Report on plague in the Punjab from October 1st ... to September 30th ..., being the ... season of plague in the province
Disease focus: Plague
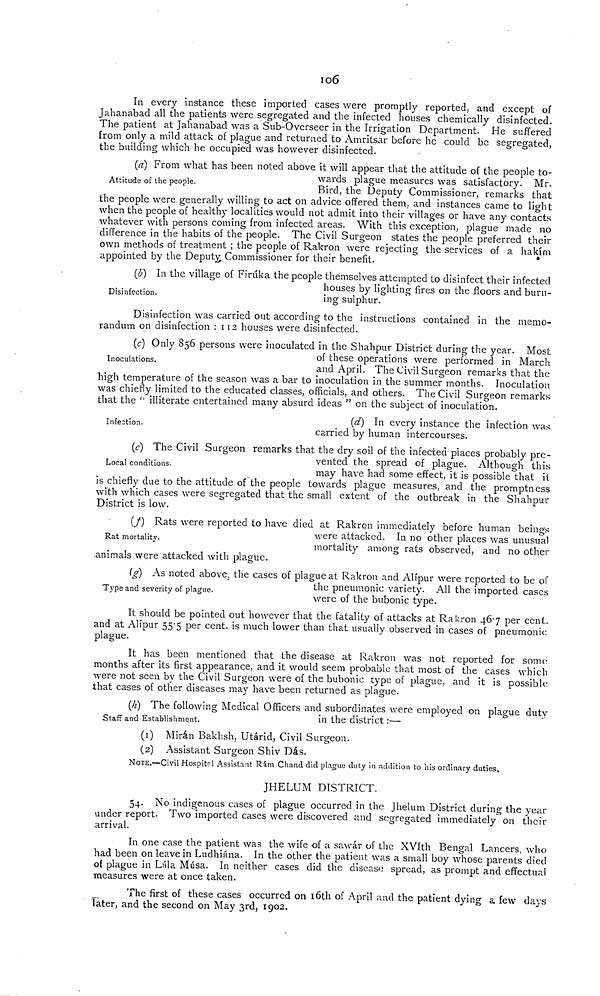
106
In every instance these imported cases were promptly reported, and except of
Jahanabad all the patients were segregated and the infected houses chemically disinfected.
The patient at Jahanabad was a Sub-Overseer in the Irrigation Department. He suffered
from only a mild attack of plague and returned to Amritsar before he could be segregated,
the building which he occupied was however disinfected.
Attitude of the people.
(a) From what has been noted above it will appear that the attitude of the people to-
wards plague measures was satisfactory. Mr.
Bird, the Deputy Commissioner, remarks that
the people were generally willing to act on advice offered them, and instances came to light
when the people of healthy localities would not admit into their villages or have any contacts
whatever with persons coming from infected areas. With this exception, plague made no
difference in the habits of the people. The Civil Surgeon states the people preferred their
own methods of treatment ; the people of Rakron were rejecting the services of a hakim
appointed by the Deputy, Commissioner for their benefit.
Disinfection.
(b) In the village of Firuka the people themselves attempted to disinfect their infected
houses by lighting fires on the floors and burn-
ing sulphur.
Disinfection was carried out according to the instructions contained in the memo-
randum on disinfection : 112 houses were disinfected.
Inoculations,
(c) Only 856 persons were inoculated in the Shahpur District during the year. Most
of these operations were performed in March
and April. The Civil Surgeon remarks that the
high temperature of the season was a bar to inoculation in the summer months. Inoculation
was chiefly limited to the educated classes, officials, and others. The Civil Surgeon remarks
that the " illiterate entertained many absurd ideas " on the subject of inoculation.
Infection.
(d) In every instance the infection was
carried by human intercourses.
Local conditions.
(c) The Civil Surgeon remarks that the dry soil of the infected places probably pre-
vented the spread of plague. Although this
may have had some effect, it is possible that it
is chiefly due to the attitude of the people towards plague measures, and the promptness
with which cases were segregated that the small extent of the outbreak in the Shahpur
District is low.
Rat mortality.
(_f ) Rats were reported to have died at Rakron immediately before human beings
were attacked. In no other places was unusual
mortality among rats observed, and no other
animals were attacked with plague.
T ype and seventy of plague.
(g) As noted above, the cases of plague at Rakron and Alipur were reported to be of
the pneumonic variety. All the imported cases
were of the bubonic type.
It should be pointed out however that the fatality of attacks at Rakron 46.7 per cent.
and at Alipur 55.5 per cent. is much lower than that usually observed in cases of pneumonic
plague.
It has been mentioned that the disease at Rakron was not reported for some
months after its first appearance, and it would seem probable that most of the cases which
were not seen by the Civil Surgeon were of the bubonic type of plague, and it is possible
that cases of other diseases may have been returned as plague.
Staff and Establishment.
(h) The following Medical Officers and subordinates were employed on plague duty
in the district :—
(1) Miran Bakhsh, Utárid, Civil Surgeon.
(2) Assistant Surgeon Shiv Das.
NOTE.—-Civil Hospital Assistant Rám Chand did plague duty in addition to his ordinary duties.
JHELUM DISTRICT.
54. No indigenous cases of plague occurred in the Jhelum District during the year
under report. Two imported cases were discovered and segregated immediately on their
arrival.
In one case the patient was the wife of a sawár of the XVIth Bengal Lancers, who
had been on leave in Ludhiána. In the other the patient was a small boy whose parents died
of plague in Lala Musa. In neither cases did the disease spread, as prompt and effectual
measures were at once taken.
The first of these cases occurred on 16th of April and the patient dying a few days
later, and the second on May 3rd, 1902.